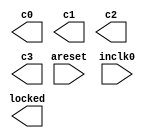
// megafunction wizard: %ALTPLL%VBB%
// GENERATION: STANDARD
// VERSION: WM1.0
// MODULE: altpll 

// ============================================================
// Megafunction Name(s):
// 			altpll
//
// Simulation Library Files(s):
// 			altera_mf
// ============================================================
// ************************************************************
// THIS IS A WIZARD-GENERATED FILE. DO NOT EDIT THIS FILE!
//
// 13.0.1 Build 232 06/12/2013 SP 1 SJ Full Version
// ************************************************************

//Copyright (C) 1991-2013 Altera Corporation
//Your use of Altera Corporation's design tools, logic functions 
//and other software and tools, and its AMPP partner logic 
//functions, and any output files from any of the foregoing 
//(including device programming or simulation files), and any 
//associated documentation or information are expressly subject 
//to the terms and conditions of the Altera Program License 
//Subscription Agreement, Altera MegaCore Function License 
//Agreement, or other applicable license agreement, including, 
//without limitation, that your use is for the sole purpose of 
//programming logic devices manufactured by Altera and sold by 
//Altera or its authorized distributors.  Please refer to the 
//applicable agreement for further details.

module clk_gen (
	areset,
	inclk0,
	c0,
	c1,
	c2,
	c3,
	locked);

	input	  areset;
	input	  inclk0;
	output	  c0;
	output	  c1;
	output	  c2;
	output	  c3;
	output	  locked;
`ifndef ALTERA_RESERVED_QIS
// synopsys translate_off
`endif
	tri0	  areset;
`ifndef ALTERA_RESERVED_QIS
// synopsys translate_on
`endif

endmodule

// ============================================================
// CNX file retrieval info
// ============================================================
// Retrieval info: PRIVATE: ACTIVECLK_CHECK STRING "0"
// Retrieval info: PRIVATE: BANDWIDTH STRING "1.000"
// Retrieval info: PRIVATE: BANDWIDTH_FEATURE_ENABLED STRING "1"
// Retrieval info: PRIVATE: BANDWIDTH_FREQ_UNIT STRING "MHz"
// Retrieval info: PRIVATE: BANDWIDTH_PRESET STRING "Low"
// Retrieval info: PRIVATE: BANDWIDTH_USE_AUTO STRING "1"
// Retrieval info: PRIVATE: BANDWIDTH_USE_PRESET STRING "0"
// Retrieval info: PRIVATE: CLKBAD_SWITCHOVER_CHECK STRING "0"
// Retrieval info: PRIVATE: CLKLOSS_CHECK STRING "0"
// Retrieval info: PRIVATE: CLKSWITCH_CHECK STRING "0"
// Retrieval info: PRIVATE: CNX_NO_COMPENSATE_RADIO STRING "0"
// Retrieval info: PRIVATE: CREATE_CLKBAD_CHECK STRING "0"
// Retrieval info: PRIVATE: CREATE_INCLK1_CHECK STRING "0"
// Retrieval info: PRIVATE: CUR_DEDICATED_CLK STRING "c0"
// Retrieval info: PRIVATE: CUR_FBIN_CLK STRING "c0"
// Retrieval info: PRIVATE: DEVICE_SPEED_GRADE STRING "8"
// Retrieval info: PRIVATE: DIV_FACTOR0 NUMERIC "1"
// Retrieval info: PRIVATE: DIV_FACTOR1 NUMERIC "1"
// Retrieval info: PRIVATE: DIV_FACTOR2 NUMERIC "1"
// Retrieval info: PRIVATE: DIV_FACTOR3 NUMERIC "1"
// Retrieval info: PRIVATE: DUTY_CYCLE0 STRING "50.00000000"
// Retrieval info: PRIVATE: DUTY_CYCLE1 STRING "50.00000000"
// Retrieval info: PRIVATE: DUTY_CYCLE2 STRING "50.00000000"
// Retrieval info: PRIVATE: DUTY_CYCLE3 STRING "50.00000000"
// Retrieval info: PRIVATE: EFF_OUTPUT_FREQ_VALUE0 STRING "100.000000"
// Retrieval info: PRIVATE: EFF_OUTPUT_FREQ_VALUE1 STRING "100.000000"
// Retrieval info: PRIVATE: EFF_OUTPUT_FREQ_VALUE2 STRING "25.000000"
// Retrieval info: PRIVATE: EFF_OUTPUT_FREQ_VALUE3 STRING "50.000000"
// Retrieval info: PRIVATE: EXPLICIT_SWITCHOVER_COUNTER STRING "0"
// Retrieval info: PRIVATE: EXT_FEEDBACK_RADIO STRING "0"
// Retrieval info: PRIVATE: GLOCKED_COUNTER_EDIT_CHANGED STRING "1"
// Retrieval info: PRIVATE: GLOCKED_FEATURE_ENABLED STRING "0"
// Retrieval info: PRIVATE: GLOCKED_MODE_CHECK STRING "0"
// Retrieval info: PRIVATE: GLOCK_COUNTER_EDIT NUMERIC "1048575"
// Retrieval info: PRIVATE: HAS_MANUAL_SWITCHOVER STRING "1"
// Retrieval info: PRIVATE: INCLK0_FREQ_EDIT STRING "50.000"
// Retrieval info: PRIVATE: INCLK0_FREQ_UNIT_COMBO STRING "MHz"
// Retrieval info: PRIVATE: INCLK1_FREQ_EDIT STRING "100.000"
// Retrieval info: PRIVATE: INCLK1_FREQ_EDIT_CHANGED STRING "1"
// Retrieval info: PRIVATE: INCLK1_FREQ_UNIT_CHANGED STRING "1"
// Retrieval info: PRIVATE: INCLK1_FREQ_UNIT_COMBO STRING "MHz"
// Retrieval info: PRIVATE: INTENDED_DEVICE_FAMILY STRING "Cyclone IV E"
// Retrieval info: PRIVATE: INT_FEEDBACK__MODE_RADIO STRING "1"
// Retrieval info: PRIVATE: LOCKED_OUTPUT_CHECK STRING "1"
// Retrieval info: PRIVATE: LONG_SCAN_RADIO STRING "1"
// Retrieval info: PRIVATE: LVDS_MODE_DATA_RATE STRING "Not Available"
// Retrieval info: PRIVATE: LVDS_MODE_DATA_RATE_DIRTY NUMERIC "0"
// Retrieval info: PRIVATE: LVDS_PHASE_SHIFT_UNIT0 STRING "deg"
// Retrieval info: PRIVATE: LVDS_PHASE_SHIFT_UNIT1 STRING "deg"
// Retrieval info: PRIVATE: LVDS_PHASE_SHIFT_UNIT2 STRING "deg"
// Retrieval info: PRIVATE: LVDS_PHASE_SHIFT_UNIT3 STRING "ps"
// Retrieval info: PRIVATE: MIG_DEVICE_SPEED_GRADE STRING "Any"
// Retrieval info: PRIVATE: MIRROR_CLK0 STRING "0"
// Retrieval info: PRIVATE: MIRROR_CLK1 STRING "0"
// Retrieval info: PRIVATE: MIRROR_CLK2 STRING "0"
// Retrieval info: PRIVATE: MIRROR_CLK3 STRING "0"
// Retrieval info: PRIVATE: MULT_FACTOR0 NUMERIC "2"
// Retrieval info: PRIVATE: MULT_FACTOR1 NUMERIC "2"
// Retrieval info: PRIVATE: MULT_FACTOR2 NUMERIC "1"
// Retrieval info: PRIVATE: MULT_FACTOR3 NUMERIC "1"
// Retrieval info: PRIVATE: NORMAL_MODE_RADIO STRING "1"
// Retrieval info: PRIVATE: OUTPUT_FREQ0 STRING "100.00000000"
// Retrieval info: PRIVATE: OUTPUT_FREQ1 STRING "100.00000000"
// Retrieval info: PRIVATE: OUTPUT_FREQ2 STRING "25.00000000"
// Retrieval info: PRIVATE: OUTPUT_FREQ3 STRING "50.00000000"
// Retrieval info: PRIVATE: OUTPUT_FREQ_MODE0 STRING "1"
// Retrieval info: PRIVATE: OUTPUT_FREQ_MODE1 STRING "1"
// Retrieval info: PRIVATE: OUTPUT_FREQ_MODE2 STRING "1"
// Retrieval info: PRIVATE: OUTPUT_FREQ_MODE3 STRING "1"
// Retrieval info: PRIVATE: OUTPUT_FREQ_UNIT0 STRING "MHz"
// Retrieval info: PRIVATE: OUTPUT_FREQ_UNIT1 STRING "MHz"
// Retrieval info: PRIVATE: OUTPUT_FREQ_UNIT2 STRING "MHz"
// Retrieval info: PRIVATE: OUTPUT_FREQ_UNIT3 STRING "MHz"
// Retrieval info: PRIVATE: PHASE_RECONFIG_FEATURE_ENABLED STRING "1"
// Retrieval info: PRIVATE: PHASE_RECONFIG_INPUTS_CHECK STRING "0"
// Retrieval info: PRIVATE: PHASE_SHIFT0 STRING "0.00000000"
// Retrieval info: PRIVATE: PHASE_SHIFT1 STRING "-75.00000000"
// Retrieval info: PRIVATE: PHASE_SHIFT2 STRING "0.00000000"
// Retrieval info: PRIVATE: PHASE_SHIFT3 STRING "0.00000000"
// Retrieval info: PRIVATE: PHASE_SHIFT_STEP_ENABLED_CHECK STRING "0"
// Retrieval info: PRIVATE: PHASE_SHIFT_UNIT0 STRING "deg"
// Retrieval info: PRIVATE: PHASE_SHIFT_UNIT1 STRING "deg"
// Retrieval info: PRIVATE: PHASE_SHIFT_UNIT2 STRING "deg"
// Retrieval info: PRIVATE: PHASE_SHIFT_UNIT3 STRING "ps"
// Retrieval info: PRIVATE: PLL_ADVANCED_PARAM_CHECK STRING "0"
// Retrieval info: PRIVATE: PLL_ARESET_CHECK STRING "1"
// Retrieval info: PRIVATE: PLL_AUTOPLL_CHECK NUMERIC "1"
// Retrieval info: PRIVATE: PLL_ENHPLL_CHECK NUMERIC "0"
// Retrieval info: PRIVATE: PLL_FASTPLL_CHECK NUMERIC "0"
// Retrieval info: PRIVATE: PLL_FBMIMIC_CHECK STRING "0"
// Retrieval info: PRIVATE: PLL_LVDS_PLL_CHECK NUMERIC "0"
// Retrieval info: PRIVATE: PLL_PFDENA_CHECK STRING "0"
// Retrieval info: PRIVATE: PLL_TARGET_HARCOPY_CHECK NUMERIC "0"
// Retrieval info: PRIVATE: PRIMARY_CLK_COMBO STRING "inclk0"
// Retrieval info: PRIVATE: RECONFIG_FILE STRING "clk_gen.mif"
// Retrieval info: PRIVATE: SACN_INPUTS_CHECK STRING "0"
// Retrieval info: PRIVATE: SCAN_FEATURE_ENABLED STRING "1"
// Retrieval info: PRIVATE: SELF_RESET_LOCK_LOSS STRING "0"
// Retrieval info: PRIVATE: SHORT_SCAN_RADIO STRING "0"
// Retrieval info: PRIVATE: SPREAD_FEATURE_ENABLED STRING "0"
// Retrieval info: PRIVATE: SPREAD_FREQ STRING "50.000"
// Retrieval info: PRIVATE: SPREAD_FREQ_UNIT STRING "KHz"
// Retrieval info: PRIVATE: SPREAD_PERCENT STRING "0.500"
// Retrieval info: PRIVATE: SPREAD_USE STRING "0"
// Retrieval info: PRIVATE: SRC_SYNCH_COMP_RADIO STRING "0"
// Retrieval info: PRIVATE: STICKY_CLK0 STRING "1"
// Retrieval info: PRIVATE: STICKY_CLK1 STRING "1"
// Retrieval info: PRIVATE: STICKY_CLK2 STRING "1"
// Retrieval info: PRIVATE: STICKY_CLK3 STRING "1"
// Retrieval info: PRIVATE: SWITCHOVER_COUNT_EDIT NUMERIC "1"
// Retrieval info: PRIVATE: SWITCHOVER_FEATURE_ENABLED STRING "1"
// Retrieval info: PRIVATE: SYNTH_WRAPPER_GEN_POSTFIX STRING "0"
// Retrieval info: PRIVATE: USE_CLK0 STRING "1"
// Retrieval info: PRIVATE: USE_CLK1 STRING "1"
// Retrieval info: PRIVATE: USE_CLK2 STRING "1"
// Retrieval info: PRIVATE: USE_CLK3 STRING "1"
// Retrieval info: PRIVATE: USE_CLKENA0 STRING "0"
// Retrieval info: PRIVATE: USE_CLKENA1 STRING "0"
// Retrieval info: PRIVATE: USE_CLKENA2 STRING "0"
// Retrieval info: PRIVATE: USE_CLKENA3 STRING "0"
// Retrieval info: PRIVATE: USE_MIL_SPEED_GRADE NUMERIC "0"
// Retrieval info: PRIVATE: ZERO_DELAY_RADIO STRING "0"
// Retrieval info: LIBRARY: altera_mf altera_mf.altera_mf_components.all
// Retrieval info: CONSTANT: BANDWIDTH_TYPE STRING "AUTO"
// Retrieval info: CONSTANT: CLK0_DIVIDE_BY NUMERIC "1"
// Retrieval info: CONSTANT: CLK0_DUTY_CYCLE NUMERIC "50"
// Retrieval info: CONSTANT: CLK0_MULTIPLY_BY NUMERIC "2"
// Retrieval info: CONSTANT: CLK0_PHASE_SHIFT STRING "0"
// Retrieval info: CONSTANT: CLK1_DIVIDE_BY NUMERIC "1"
// Retrieval info: CONSTANT: CLK1_DUTY_CYCLE NUMERIC "50"
// Retrieval info: CONSTANT: CLK1_MULTIPLY_BY NUMERIC "2"
// Retrieval info: CONSTANT: CLK1_PHASE_SHIFT STRING "-2083"
// Retrieval info: CONSTANT: CLK2_DIVIDE_BY NUMERIC "2"
// Retrieval info: CONSTANT: CLK2_DUTY_CYCLE NUMERIC "50"
// Retrieval info: CONSTANT: CLK2_MULTIPLY_BY NUMERIC "1"
// Retrieval info: CONSTANT: CLK2_PHASE_SHIFT STRING "0"
// Retrieval info: CONSTANT: CLK3_DIVIDE_BY NUMERIC "1"
// Retrieval info: CONSTANT: CLK3_DUTY_CYCLE NUMERIC "50"
// Retrieval info: CONSTANT: CLK3_MULTIPLY_BY NUMERIC "1"
// Retrieval info: CONSTANT: CLK3_PHASE_SHIFT STRING "0"
// Retrieval info: CONSTANT: COMPENSATE_CLOCK STRING "CLK0"
// Retrieval info: CONSTANT: INCLK0_INPUT_FREQUENCY NUMERIC "20000"
// Retrieval info: CONSTANT: INTENDED_DEVICE_FAMILY STRING "Cyclone IV E"
// Retrieval info: CONSTANT: LPM_TYPE STRING "altpll"
// Retrieval info: CONSTANT: OPERATION_MODE STRING "NORMAL"
// Retrieval info: CONSTANT: PLL_TYPE STRING "AUTO"
// Retrieval info: CONSTANT: PORT_ACTIVECLOCK STRING "PORT_UNUSED"
// Retrieval info: CONSTANT: PORT_ARESET STRING "PORT_USED"
// Retrieval info: CONSTANT: PORT_CLKBAD0 STRING "PORT_UNUSED"
// Retrieval info: CONSTANT: PORT_CLKBAD1 STRING "PORT_UNUSED"
// Retrieval info: CONSTANT: PORT_CLKLOSS STRING "PORT_UNUSED"
// Retrieval info: CONSTANT: PORT_CLKSWITCH STRING "PORT_UNUSED"
// Retrieval info: CONSTANT: PORT_CONFIGUPDATE STRING "PORT_UNUSED"
// Retrieval info: CONSTANT: PORT_FBIN STRING "PORT_UNUSED"
// Retrieval info: CONSTANT: PORT_INCLK0 STRING "PORT_USED"
// Retrieval info: CONSTANT: PORT_INCLK1 STRING "PORT_UNUSED"
// Retrieval info: CONSTANT: PORT_LOCKED STRING "PORT_USED"
// Retrieval info: CONSTANT: PORT_PFDENA STRING "PORT_UNUSED"
// Retrieval info: CONSTANT: PORT_PHASECOUNTERSELECT STRING "PORT_UNUSED"
// Retrieval info: CONSTANT: PORT_PHASEDONE STRING "PORT_UNUSED"
// Retrieval info: CONSTANT: PORT_PHASESTEP STRING "PORT_UNUSED"
// Retrieval info: CONSTANT: PORT_PHASEUPDOWN STRING "PORT_UNUSED"
// Retrieval info: CONSTANT: PORT_PLLENA STRING "PORT_UNUSED"
// Retrieval info: CONSTANT: PORT_SCANACLR STRING "PORT_UNUSED"
// Retrieval info: CONSTANT: PORT_SCANCLK STRING "PORT_UNUSED"
// Retrieval info: CONSTANT: PORT_SCANCLKENA STRING "PORT_UNUSED"
// Retrieval info: CONSTANT: PORT_SCANDATA STRING "PORT_UNUSED"
// Retrieval info: CONSTANT: PORT_SCANDATAOUT STRING "PORT_UNUSED"
// Retrieval info: CONSTANT: PORT_SCANDONE STRING "PORT_UNUSED"
// Retrieval info: CONSTANT: PORT_SCANREAD STRING "PORT_UNUSED"
// Retrieval info: CONSTANT: PORT_SCANWRITE STRING "PORT_UNUSED"
// Retrieval info: CONSTANT: PORT_clk0 STRING "PORT_USED"
// Retrieval info: CONSTANT: PORT_clk1 STRING "PORT_USED"
// Retrieval info: CONSTANT: PORT_clk2 STRING "PORT_USED"
// Retrieval info: CONSTANT: PORT_clk3 STRING "PORT_USED"
// Retrieval info: CONSTANT: PORT_clk4 STRING "PORT_UNUSED"
// Retrieval info: CONSTANT: PORT_clk5 STRING "PORT_UNUSED"
// Retrieval info: CONSTANT: PORT_clkena0 STRING "PORT_UNUSED"
// Retrieval info: CONSTANT: PORT_clkena1 STRING "PORT_UNUSED"
// Retrieval info: CONSTANT: PORT_clkena2 STRING "PORT_UNUSED"
// Retrieval info: CONSTANT: PORT_clkena3 STRING "PORT_UNUSED"
// Retrieval info: CONSTANT: PORT_clkena4 STRING "PORT_UNUSED"
// Retrieval info: CONSTANT: PORT_clkena5 STRING "PORT_UNUSED"
// Retrieval info: CONSTANT: PORT_extclk0 STRING "PORT_UNUSED"
// Retrieval info: CONSTANT: PORT_extclk1 STRING "PORT_UNUSED"
// Retrieval info: CONSTANT: PORT_extclk2 STRING "PORT_UNUSED"
// Retrieval info: CONSTANT: PORT_extclk3 STRING "PORT_UNUSED"
// Retrieval info: CONSTANT: SELF_RESET_ON_LOSS_LOCK STRING "OFF"
// Retrieval info: CONSTANT: WIDTH_CLOCK NUMERIC "5"
// Retrieval info: USED_PORT: @clk 0 0 5 0 OUTPUT_CLK_EXT VCC "@clk[4..0]"
// Retrieval info: USED_PORT: areset 0 0 0 0 INPUT GND "areset"
// Retrieval info: USED_PORT: c0 0 0 0 0 OUTPUT_CLK_EXT VCC "c0"
// Retrieval info: USED_PORT: c1 0 0 0 0 OUTPUT_CLK_EXT VCC "c1"
// Retrieval info: USED_PORT: c2 0 0 0 0 OUTPUT_CLK_EXT VCC "c2"
// Retrieval info: USED_PORT: c3 0 0 0 0 OUTPUT_CLK_EXT VCC "c3"
// Retrieval info: USED_PORT: inclk0 0 0 0 0 INPUT_CLK_EXT GND "inclk0"
// Retrieval info: USED_PORT: locked 0 0 0 0 OUTPUT GND "locked"
// Retrieval info: CONNECT: @areset 0 0 0 0 areset 0 0 0 0
// Retrieval info: CONNECT: @inclk 0 0 1 1 GND 0 0 0 0
// Retrieval info: CONNECT: @inclk 0 0 1 0 inclk0 0 0 0 0
// Retrieval info: CONNECT: c0 0 0 0 0 @clk 0 0 1 0
// Retrieval info: CONNECT: c1 0 0 0 0 @clk 0 0 1 1
// Retrieval info: CONNECT: c2 0 0 0 0 @clk 0 0 1 2
// Retrieval info: CONNECT: c3 0 0 0 0 @clk 0 0 1 3
// Retrieval info: CONNECT: locked 0 0 0 0 @locked 0 0 0 0
// Retrieval info: GEN_FILE: TYPE_NORMAL clk_gen.v TRUE
// Retrieval info: GEN_FILE: TYPE_NORMAL clk_gen.ppf TRUE
// Retrieval info: GEN_FILE: TYPE_NORMAL clk_gen.inc FALSE
// Retrieval info: GEN_FILE: TYPE_NORMAL clk_gen.cmp FALSE
// Retrieval info: GEN_FILE: TYPE_NORMAL clk_gen.bsf FALSE
// Retrieval info: GEN_FILE: TYPE_NORMAL clk_gen_inst.v TRUE
// Retrieval info: GEN_FILE: TYPE_NORMAL clk_gen_bb.v TRUE
// Retrieval info: LIB_FILE: altera_mf
// Retrieval info: CBX_MODULE_PREFIX: ON